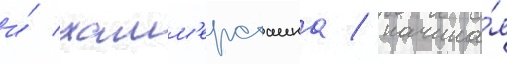
и́ хамм'ерстаина / начина́я